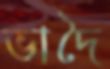
ভাদৈ